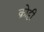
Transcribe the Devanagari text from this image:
क्रोट्टी